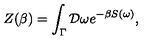
Z ( \beta ) = \int _ { \Gamma } { \cal D } \omega e ^ { - \beta S ( \omega ) } ,